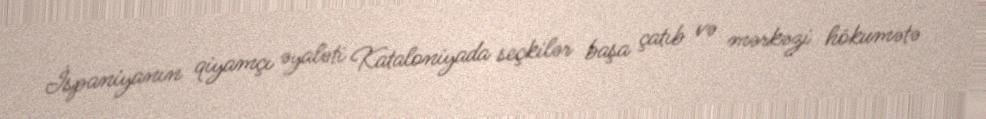
İspaniyanın qiyamçı əyaləti Kataloniyada seçkilər başa çatıb və mərkəzi hökumətə